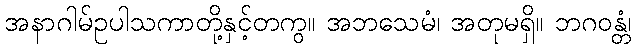
အနာဂါမ်ဥပါသကာတို့နှင့်တကွ။ အဘသေမံ၊ အတုမရှိ။ ဘဂဝန္တံ၊